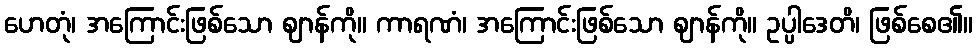
ဟေတုံ၊ အကြောင်းဖြစ်သော ဈာန်ကို။ ကာရဏံ၊ အကြောင်းဖြစ်သော ဈာန်ကို။ ဥပ္ပါဒေတိ၊ ဖြစ်စေ၏။